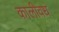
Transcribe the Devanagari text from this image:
कालीवध